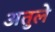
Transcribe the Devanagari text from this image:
अतुले